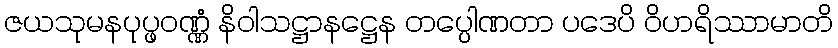
ဇယသုမနပုပ္ဖဝဏ္ဏံ နိဝါသဋ္ဌာနဋ္ဌေန တပ္ပေါဏတာ ပဒေပိ ဝိဟရိဿာမာတိ